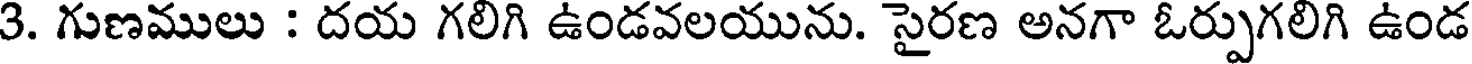
3. గుణములు : దయ గలిగి ఉండవలయును. సైరణ అనగా ఓర్పుగలిగి ఉండ